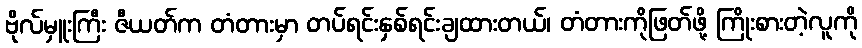
ဗိုလ်မှူးကြီး ဇီယတ်က တံတားမှာ တပ်ရင်းနှစ်ရင်းချထားတယ်၊ တံတားကိုဖြတ်ဖို့ ကြိုးစားတဲ့လူကို